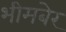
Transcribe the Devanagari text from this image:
भीमबेर